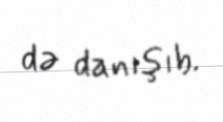
də danışıb.